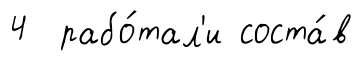
4 рабо́тал'и соста́в